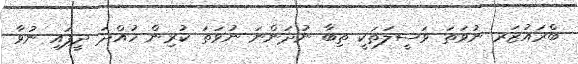
ބްރައުޒަރ ނުވަތަ ވަސީލަތަކީ ތިބާ ނުދަންނަ ނުވަތަ ކުރިން ހުއްދަ ދީފައި ނުވާ